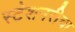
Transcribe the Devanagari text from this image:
स्टेशनरीचा